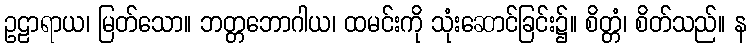
ဥဠာရာယ၊ မြတ်သော။ ဘတ္တဘောဂါယ၊ ထမင်းကို သုံးဆောင်ခြင်း၌။ စိတ္တံ၊ စိတ်သည်။ န